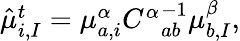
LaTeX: \begin{array}{r}{\hat{\mu}_{i,I}^{t}=\mu_{a,i}^{\alpha}{C^{\alpha}}_{ab}^{-1}\mu_{b,I}^{\beta},}\end{array}